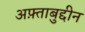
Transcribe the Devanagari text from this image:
अफ़्ताबुद्दीन